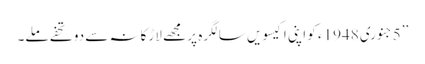
’’5جنوری 1948ء کو اپنی اکیسویں سالگرہ پر مجھے لاڑکانہ سے دو تحفے ملے۔